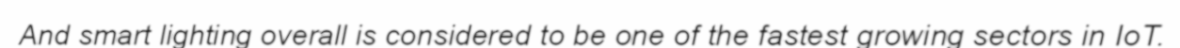
And smart lighting overall is considered to be one of the fastest growing sectors in IoT.